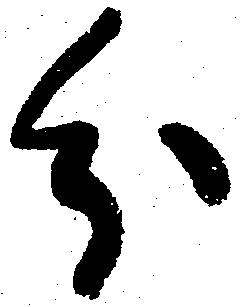
分